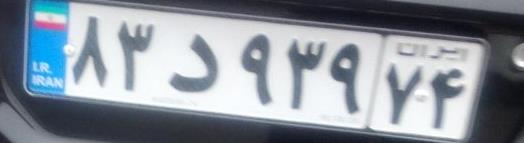
۸۳د۹۳۹۷۴